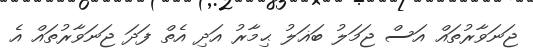
ޖަނަވާރުތައް އަސް ޖަމަލު ބަޣަލު ޙިމާރު އަދި އެތް ފަދަ ޖަނަވާރުތައް އެ